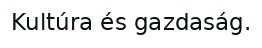
Kultúra és gazdaság.